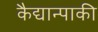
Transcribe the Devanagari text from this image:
कैद्यान्पाकी